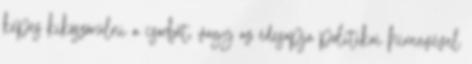
képes kiköszörülni a csorbát, vagy az édesapja politikai hírnevével